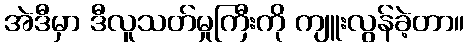
အဲဒီမှာ ဒီလူသတ်မှုကြီးကို ကျူးလွန်ခဲ့တာ။